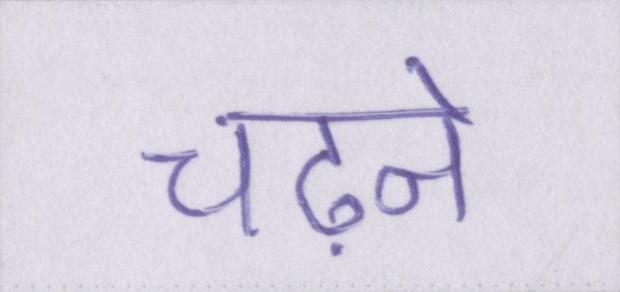
चढ़ने